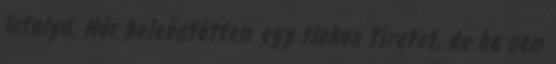
lefolyó. Már beleöntöttem egy flakon tiretet, de ha nem